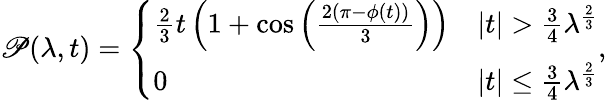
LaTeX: \begin{array}{r}{\mathscr{P}(\lambda,t)=\left\{ \begin{array}{ll}{\frac{2}{3}t\left(1+\cos\left(\frac{2(\pi-\phi(t))}{3}\right)\right)}&{\vert t\vert>\frac{{3}}{4}{\lambda}^{\frac{2}{3}}}\\ {0}&{\vert t\vert\le\frac{{3}}{4}{\lambda}^{\frac{2}{3}}}\end{array}\right.,}\end{array}